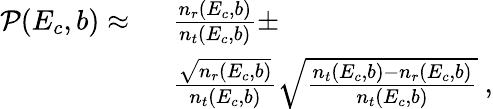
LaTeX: \begin{array}{rl}{\mathcal{P}(E_{c},b)\approx~}&{\frac{n_{r}(E_{c},b)}{n_{t}(E_{c},b)}\pm}\\ &{\frac{\sqrt{n_{r}(E_{c},b)}}{n_{t}(E_{c},b)}\sqrt{\frac{n_{t}(E_{c},b)-n_{r}(E_{c},b)}{n_{t}(E_{c},b)}}~,}\end{array}